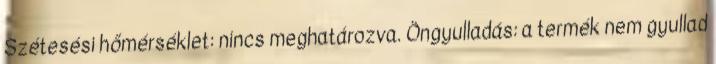
Szétesési hőmérséklet: nincs meghatározva. Öngyulladás: a termék nem gyullad